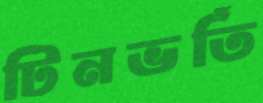
টিনভর্তি